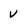
Character: V